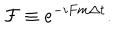
\mathcal { F } \equiv e ^ { - i F m \Delta t } .